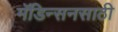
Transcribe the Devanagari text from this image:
मॅडिन्सनसाठी